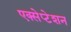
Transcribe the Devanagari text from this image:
एक्सेप्टेशन